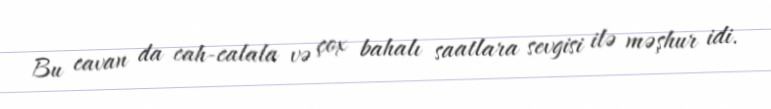
Bu cavan da cah-calala və çox bahalı saatlara sevgisi ilə məşhur idi.